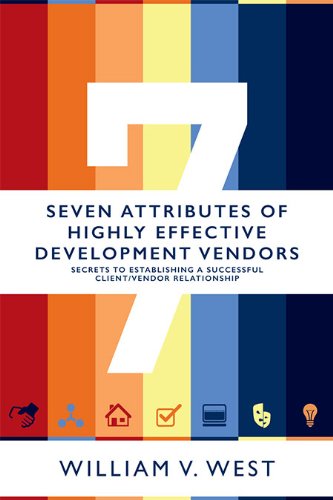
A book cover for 7 Attributes of Highly Effective Development Vendors E-Learning; William V. West; Business & Money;